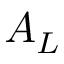
A _ { L }